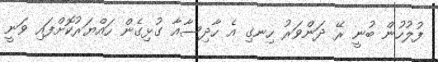
ފުލުހުން ބުނީ ރޭ ދަންވަރު ހިނގި އެ ހާދިސާއާ ގުޅިގެން ހައްޔަރުކޮށްފައި ވަނީ